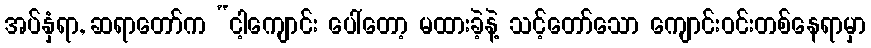
အပ်နှံရာ, ဆရာတော်က “ငါ့ကျောင်း ပေါ်တော့ မထားခဲ့နဲ့ သင့်တော်သော ကျောင်းဝင်းတစ်နေရာမှာ